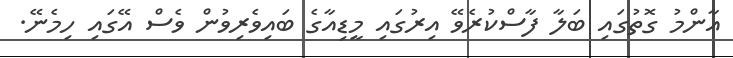
އާންމު ގޮތުގައި ބަލާ ފާސްކުރެވޭ އިރުގައި މީޑިއާގެ ބައިވެރިވުން ވެސް އޭގައި ހިމެނޭ.